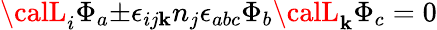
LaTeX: {\calL}_{i}{\Phi}_{a}{\pm}{\epsilon}_{ij\mathbf{k}}n_{j}{\epsilon}_{abc}{\Phi}_{b}{\calL}_{\mathbf{k}}{\Phi}_{c}=0